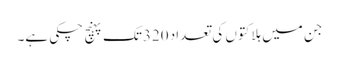
جن میں ہلاکتوں کی تعداد 320تک پہنچ چکی ہے۔